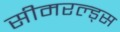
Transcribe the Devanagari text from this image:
सीमरल्ड्स